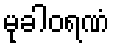
မုခါဝရဏံ